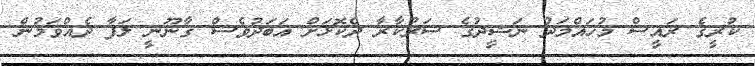
ކުރީގެ ރައީސް މުހައްމަދު ނަޝީދުގެ ސަރުކާރާ ދެކޮޅަށް އަބަދުވެސް ގާނޫނީ ލަފާ ދެއްވަމުން